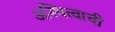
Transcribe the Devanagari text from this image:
अस्थित्वाची